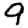
Digit: 9